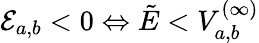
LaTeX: \mathcal{E}_{a,b}<0\Leftrightarrow\tilde{E}<V_{a,b}^{(\infty)}